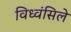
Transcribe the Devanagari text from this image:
विध्वंसिले